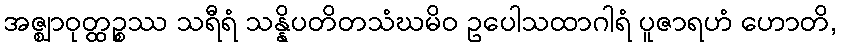
အဇ္ဈာဝုတ္ထဉ္စဿ သရီရံ သန္နိပတိတသံဃမိဝ ဥပေါသထာဂါရံ ပူဇာရဟံ ဟောတိ,